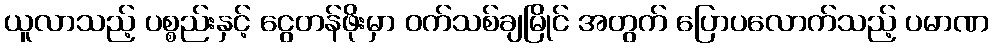
ယူလာသည့် ပစ္စည်းနှင့် ငွေတန်ဖိုးမှာ ဝက်သစ်ချမြိုင် အတွက် ပြောပလောက်သည့် ပမာဏ